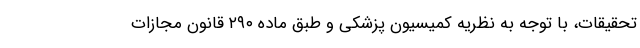
تحقیقات، با توجه به نظریه کمیسیون پزشکی و طبق ماده ۲۹۰ قانون مجازات